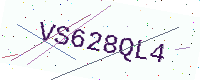
Text: VS628QL4